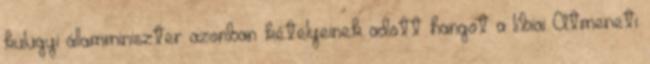
külügyi államminiszter azonban kételyeinek adott hangot a líbiai Átmeneti